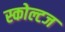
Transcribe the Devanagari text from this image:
स्कोल्टज